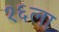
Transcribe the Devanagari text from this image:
१६ला